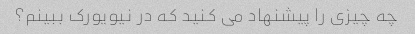
چه چیزی را پیشنهاد می کنید که در نیویورک ببینم؟